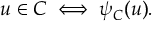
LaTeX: u \in C \iff \psi _ { C } ( u ) .